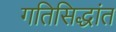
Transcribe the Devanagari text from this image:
गतिसिद्धांत